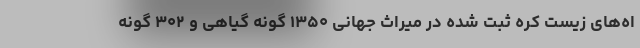
اه‌های زیست کره ثبت شده در میراث جهانی ۱۳۵۰ گونه گیاهی و ۳۰۲ گونه